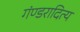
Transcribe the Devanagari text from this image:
गंण्डरादित्य